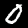
Label: 0